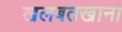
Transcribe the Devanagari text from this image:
खलबतखाना